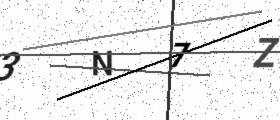
Text: 3N7Z